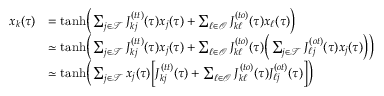
\begin{array} { r l } { x _ { k } ( \tau ) } & { = \mathrm { t a n h } \Big ( \sum _ { j \in \mathcal { T } } J _ { k j } ^ { ( t t ) } ( \tau ) x _ { j } ( \tau ) + \sum _ { \ell \in \mathcal { O } } J _ { k \ell } ^ { ( t o ) } ( \tau ) x _ { \ell } ( \tau ) \Big ) } \\ & { \simeq \mathrm { t a n h } \Big ( \sum _ { j \in \mathcal { T } } J _ { k j } ^ { ( t t ) } ( \tau ) x _ { j } ( \tau ) + \sum _ { \ell \in \mathcal { O } } J _ { k \ell } ^ { ( t o ) } ( \tau ) \Big ( \sum _ { j \in \mathcal { T } } J _ { \ell j } ^ { ( o t ) } ( \tau ) x _ { j } ( \tau ) \Big ) \Big ) } \\ & { \simeq \mathrm { t a n h } \Big ( \sum _ { j \in \mathcal { T } } x _ { j } ( \tau ) \Big [ J _ { k j } ^ { ( t t ) } ( \tau ) + \sum _ { \ell \in \mathcal { O } } J _ { k \ell } ^ { ( t o ) } ( \tau ) J _ { \ell j } ^ { ( o t ) } ( \tau ) \Big ] \Big ) } \end{array}